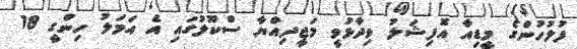
ފުލުހުންގެ މީޑިއާ އޮފިޝަލު ވިދާޅުވީ މަޖީދިއްޔާ ސްކޫލުގައި އެ އަމަލު ހިންގީ 18